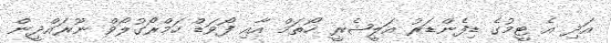
އަދި އެ ޓީމުގެ ޑިފެންޑަރު އަލީޝެރީ ހޯތަމް އާއި ފޯވަޑް ހަމްރޯގުލޯވް ނޫރައްދީން